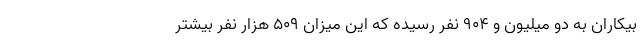
بیکاران به دو میلیون و ۹۰۴ نفر رسیده که این میزان ۵۰۹ هزار نفر بیشتر